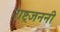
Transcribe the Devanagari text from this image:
राष्ट्रजननी